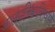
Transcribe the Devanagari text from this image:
जालपत्रिकाविश्वाने